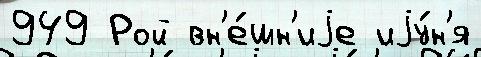
949 Рой вн'е́шн'иjе иjу́н'я